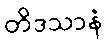
တိဒသာနံ